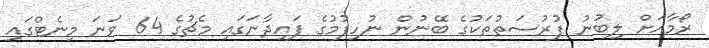
ރޯމާއަށް ލިބުނު ފުރުސަތުތަކުގެ ބޭނުން ނުހިފުމުގެ ފައިދާނަގައި މެޗުގެ 64 ވަނަ މިނެޓްގައި